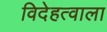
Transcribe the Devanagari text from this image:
विदेहत्वाला